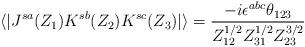
LaTeX: \begin{align*}\langle | J^{sa} (Z_1) K^{sb} (Z_2) K^{sc} (Z_3) |\rangle = \frac{-i\epsilon^{abc}\theta_{123}}{Z_{12}^{1/2} Z_{31}^{1/2} Z_{23}^{3/2}}\end{align*}